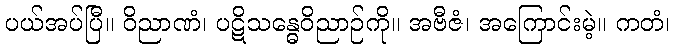
ပယ်အပ်ပြီ။ ဝိညာဏံ၊ ပဋိသန္ဓေဝိညာဉ်ကို။ အဗီဇံ၊ အကြောင်းမဲ့။ ကတံ၊